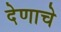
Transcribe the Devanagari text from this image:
देणाचे